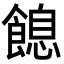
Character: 䭒